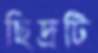
ছিদ্রটি